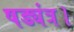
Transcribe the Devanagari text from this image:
षड्यंत्र।